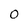
Character: 0